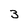
Character: 3